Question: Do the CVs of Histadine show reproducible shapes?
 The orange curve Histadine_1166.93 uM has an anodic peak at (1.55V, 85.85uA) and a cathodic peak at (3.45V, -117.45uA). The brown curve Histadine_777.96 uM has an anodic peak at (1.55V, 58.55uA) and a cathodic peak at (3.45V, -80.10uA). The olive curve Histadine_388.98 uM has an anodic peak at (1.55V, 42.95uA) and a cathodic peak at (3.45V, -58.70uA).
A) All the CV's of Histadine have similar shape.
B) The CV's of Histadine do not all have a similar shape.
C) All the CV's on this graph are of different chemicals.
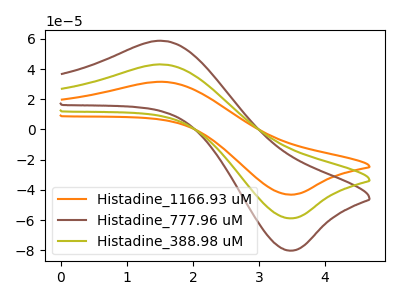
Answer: <think>All the peaks in "Histadine_1166.93 uM" have a peak in "Histadine_777.96 uM" at the same potential. Every peak in "Histadine_1166.93 uM" is higher than every peak in "Histadine_777.96 uM". All the peaks in "Histadine_1166.93 uM" have a peak in "Histadine_388.98 uM" at the same potential. Every peak in "Histadine_1166.93 uM" is higher than every peak in "Histadine_388.98 uM". All the peaks in "Histadine_777.96 uM" have a peak in "Histadine_388.98 uM" at the same potential. Every peak in "Histadine_777.96 uM" is higher than every peak in "Histadine_388.98 uM".
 </think>
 <answer>A) All the CV's of "Histadine" have similar shape.</answer>
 <eval>A</eval>